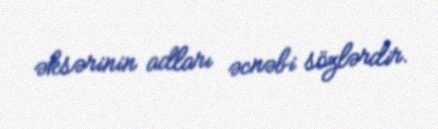
əksərinin adları əcnəbi sözlərdir.